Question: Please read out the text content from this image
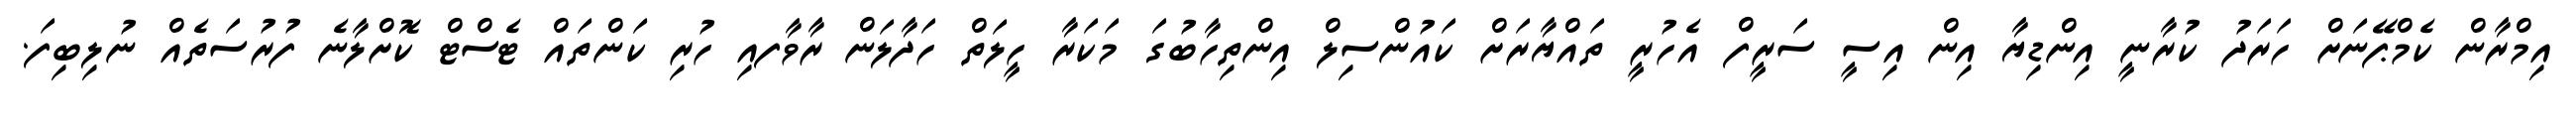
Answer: އިމްރާން ކެމްޕޭނަށް ހަރަދު ކުރާނީ އިންޑިޔާ އިން އިސީ ސަރީފް އެހުރީ ތައްޔާރަށް ކައުންސިލް އިންތިހާބުގަ މަކަރާ ހީލަތް ހަދާލަން ރާވާފއި ހުރި ކަންތައް ޓެސްޓް ކޮށްލާނެ ފުރުސަތެއް ނުލިބިފަ.